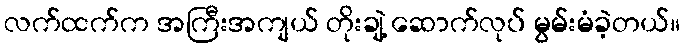
လက်ထက်က အကြီးအကျယ် တိုးချဲ့ ဆောက်လုပ် မွမ်းမံခဲ့တယ်။